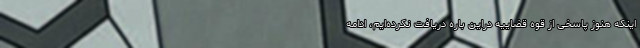
اینکه هنوز پاسخی از قوه قضاییه دراین باره دریافت نکرده‌ایم، ادامه